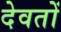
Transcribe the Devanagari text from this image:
देवतों